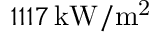
1 1 1 7 \, \mathrm { k W / m ^ { 2 } }